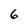
Character: 6